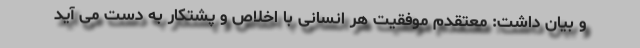
و بیان داشت: معتقدم موفقیت هر انسانی با اخلاص و پشتکار به دست می آید